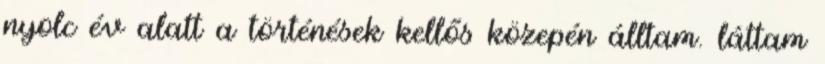
nyolc év alatt a történések kellős közepén álltam. láttam